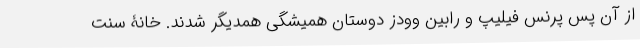
از آن پس پرنس فیلیپ و رابین وودز دوستان همیشگی همدیگر شدند. خانۀ سنت